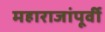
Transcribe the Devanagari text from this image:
महाराजांपूर्वी